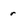
Character: r